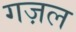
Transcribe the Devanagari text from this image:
गज़ल